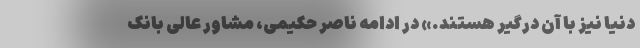
دنیا نیز با آن درگیر هستند.» در ادامه ناصر حکیمی، مشاور عالی بانک